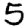
Digit: 5